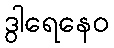
ဒွါရေနေဝ